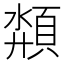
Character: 頮